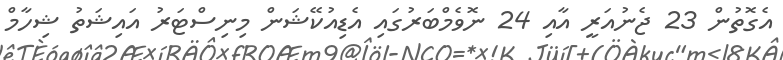
އެގޮތުން 23 ޖެނުއަރީ އާއި 24 ނޮވެމްބަރުގައި އެޑިއުކޭޝަން މިނިސްޓަރު އައިޝަތު ޝިހާމް